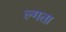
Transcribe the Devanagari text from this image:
ल्गता